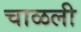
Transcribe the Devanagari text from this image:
चाळली